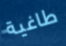
طاغية